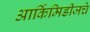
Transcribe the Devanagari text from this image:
आर्किमिडीजचे